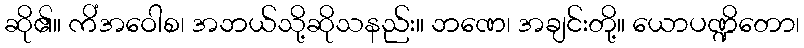
ဆို၏။ ကိံအဝေါစ၊ အဘယ်သို့ဆိုသနည်း။ ဘဏေ၊ အချင်းတို့။ ယောပဏ္ဍိတော၊